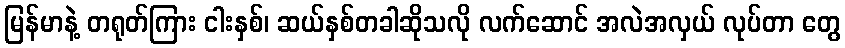
မြန်မာနဲ့ တရုတ်ကြား ငါးနှစ်၊ ဆယ်နှစ်တခါဆိုသလို လက်ဆောင် အလဲအလှယ် လုပ်တာ တွေ